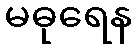
မဓုရေန